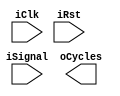
module PeriodCounter (
	input iClk,
	input iRst,
	input iSignal,
	output [3:0] oCycles
);

reg [13:0]rCycles_D;
reg [13:0]rCycles_Q;

reg [1:0]rSignal_D;
reg [1:0]rSignal_Q;

reg [3:0]Count_Q = 4'd0;
reg [3:0]Count_D = 4'd0;

always @ (posedge iClk)
begin
if(iRst)
	begin
	rCycles_Q <= rCycles_D;
	end
else if(Count_Q < 4)
	begin
	rSignal_D[Count_D] <= iSignal;
	end
else
	begin
	Count_D = 4'd0;
	end
Count_D = Count_Q + 4'd1;
rSignal_Q <= rSignal_D;
end

always @ *
begin
	if(rSignal_Q[0] == 2'b0 & rSignal_Q[1] == 2'b1) //flancos de reloj 
		begin
			if(rCycles_D > 14'd9999)
			begin // agregar un valor a nuestra variable 
			rCycles_D = 14'd10000;
			end
			else
			begin
			rCycles_D = rCycles_Q + 14'd1;
			end
		end
	else
		begin
		rCycles_D = rCycles_Q;
		end
end
endmodule

/*rFrec_D = 1/((rT_Q)*(0.0000000002));
	
	rCentenas_D = rFrec_Q/100;
	rDecenas_D = (rFrec_Q - (rCentenas_Q*100))/10;
	rUnidades_D = (rFrec_Q - (rCentenas_Q*100) - rDecenas_Q*10);*/